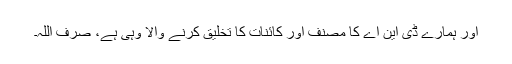
اور ہمارے ڈی این اے کا مصنف اور کائنات کا تخلیق کرنے والا وہی ہے، صرف اللہ۔